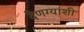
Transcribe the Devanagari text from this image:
देणग्यांशी